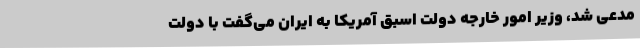
مدعی شد، وزیر امور خارجه دولت اسبق آمریکا به ایران می‌گفت با دولت